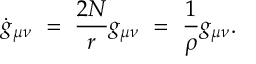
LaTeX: \dot { g } _ { \mu \nu } ~ = ~ { \frac { 2 N } { r } } g _ { \mu \nu } ~ = ~ { \frac { 1 } { \rho } } g _ { \mu \nu } .